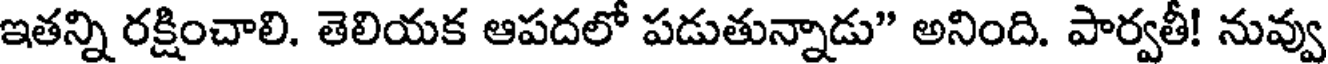
ఇతన్ని రక్షించాలి. తెలియక ఆపదలో పడుతున్నాడు" అనింది. పార్వతీ! నువ్వు